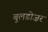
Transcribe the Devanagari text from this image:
बुलडोज़र